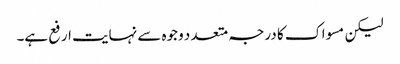
لیکن مسواک کا درجہ متعد د وجوہ سے نہایت ارفع ہے۔